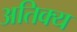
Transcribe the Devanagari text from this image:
अतिक्य